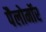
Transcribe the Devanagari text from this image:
पैलोमॉर